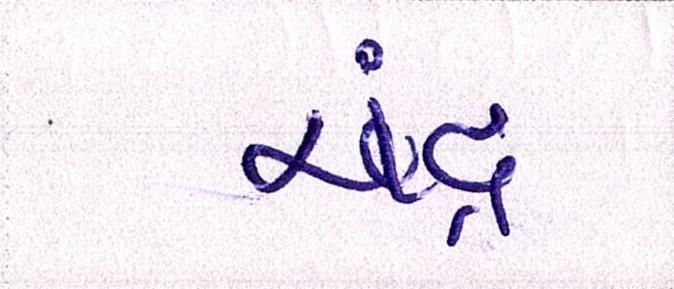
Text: ચંદ્ર